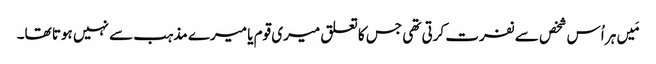
‏ مَیں ہر اُس شخص سے نفرت کرتی تھی جس کا تعلق میری قوم یا میرے مذہب سے نہیں ہوتا تھا۔